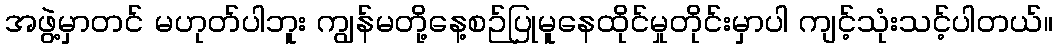
အဖွဲ့မှာတင် မဟုတ်ပါဘူး ကျွန်မတို့နေ့စဉ်ပြုမူနေထိုင်မှုတိုင်းမှာပါ ကျင့်သုံးသင့်ပါတယ်။